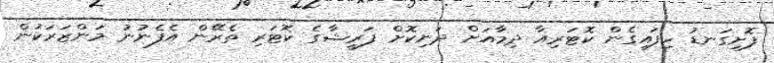
ފޮށިގަނޑު ހިފައިގެން ކޮޓަރިއާ ދިމާއަށް ދަނިކޮށް ފަރީޝާގެ ކޮޓަރި ތެރޭން އެފެނުނު މަންޒަރަކުން